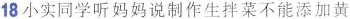
18小实同学听妈说制作生拌菜不能添加黄